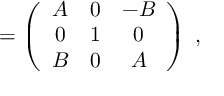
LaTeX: \O = \left( \begin{array} { c c c } { { A } } & { { 0 } } & { { - B } } \\ { { 0 } } & { { 1 } } & { { 0 } } \\ { { B } } & { { 0 } } & { { A } } \end{array} \right) \; ,